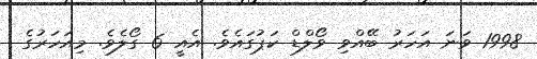
1998 ވަނަ އަހަރު ބޭއްވި ވޯލްޑް ކަޕުގައެވެ. އެއީ 6 ގޯލެވެ. މިއަހަރުގެ